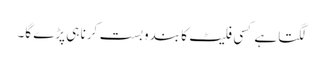
لگتا ہے کسی فلیٹ کا بندوبست کرنا ہی پڑے گا۔